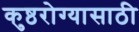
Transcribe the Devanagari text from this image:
कुष्ठरोग्यासाठी